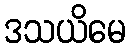
ဒသယိမေ